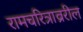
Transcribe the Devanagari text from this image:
रामचरित्राव्ररील